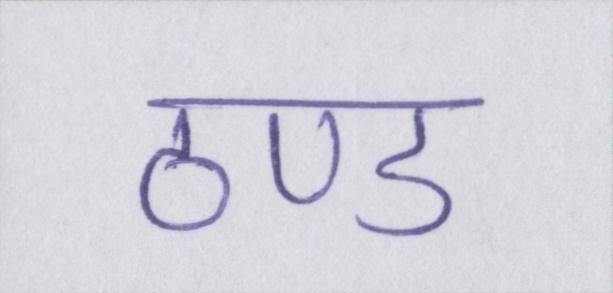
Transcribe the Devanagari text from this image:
ठण्ड